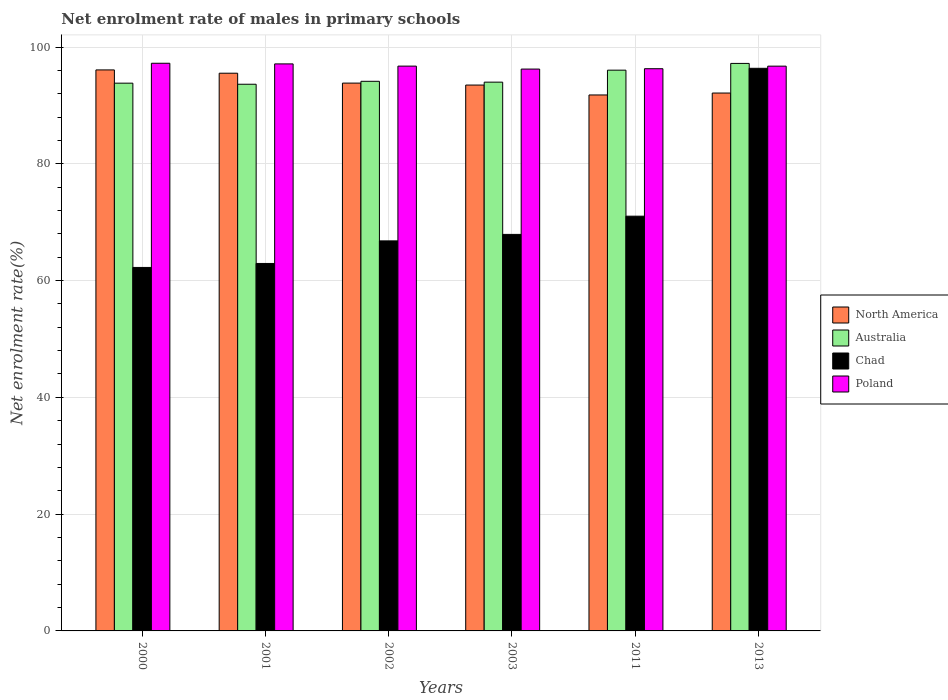
| Years | North America | Australia | Chad | Poland |
 | --- | --- | --- | --- | --- |
 | 2000 | 96.1 | 93.8 | 62.2 | 97.2 |
 | 2001 | 95.5 | 93.6 | 62.9 | 97.1 |
 | 2002 | 93.8 | 94.1 | 66.8 | 96.7 |
 | 2003 | 93.5 | 94 | 67.9 | 96.2 |
 | 2011 | 91.8 | 96 | 71 | 96.3 |
 | 2013 | 92.1 | 97.2 | 96.4 | 96.7 |